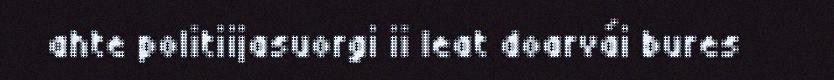
ahte politiijasuorgi ii leat doarvái bures